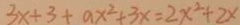
3 x + 3 + a x ^ { 2 } + 3 x = 2 x ^ { 2 } + 2 x